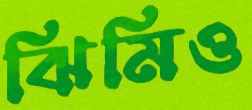
ঝিমিও